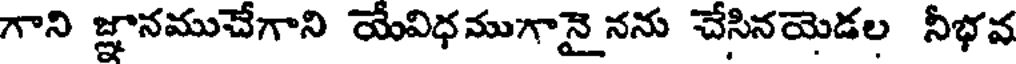
గాని జ్ఞానముచేగాని యేవిధముగానై నను చేసినయెడల నీభవ